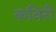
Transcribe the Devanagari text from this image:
कविरी